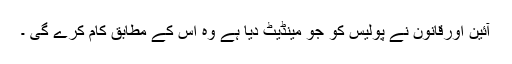
آئین اورقانون نے پولیس کو جو مینڈیٹ دیا ہے وہ اس کے مطابق کام کرے گی ۔